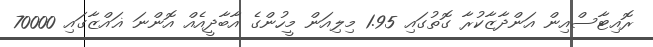
ރޮއިޓާސްއިން އަންދާޒާކުރާ ގޮތުގައި 1.95 މިލިއަން މީހުންގެ އާބާދީއެއް އޮންނަ ޣައްޒާގައި 70000